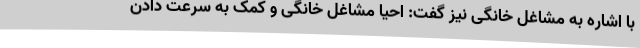
با اشاره به مشاغل خانگی نیز گفت: احیا مشاغل خانگی و کمک به سرعت دادن